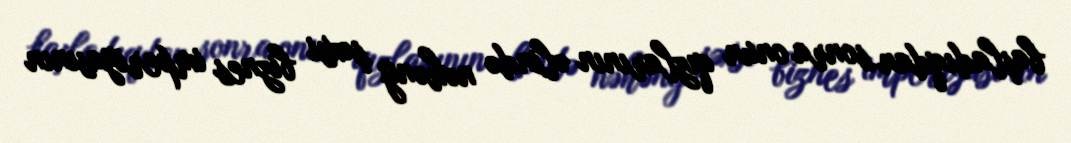
başladıqdan sonra onun qızlarının əlində nəhəng şəxsi biznes imperiyasının